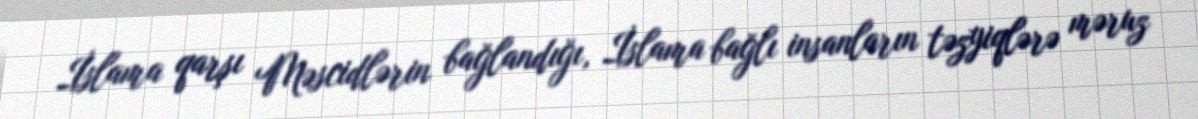
İslama qarşı Məscidlərin bağlandığı, İslama bağlı insanların təzyiqlərə məruz